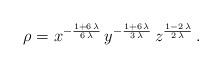
LaTeX: \begin{align*}\rho ={x^ {-\frac{1 + 6\,\lambda }{6\,\lambda }} \,y^ {-\frac{1 + 6\,\lambda }{3\,\lambda }} \,z^ {\frac{1 - 2\,\lambda } {2\,\lambda }}}\,.\end{align*}